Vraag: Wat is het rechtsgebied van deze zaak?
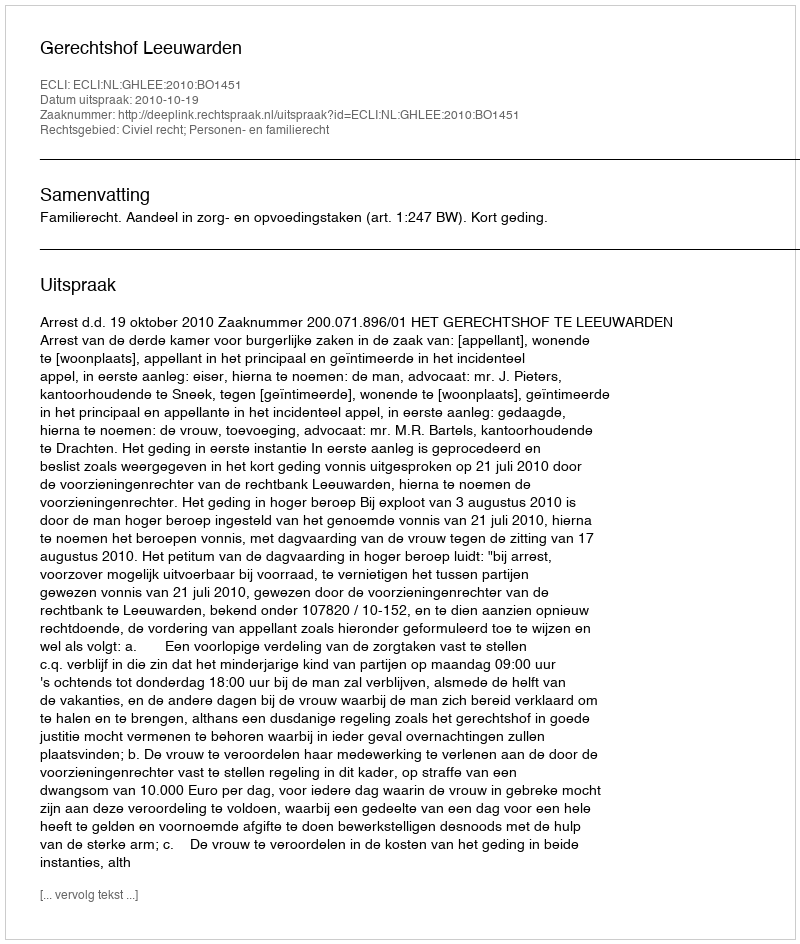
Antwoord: Civiel recht; Personen- en familierecht